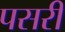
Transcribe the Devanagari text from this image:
पसरीं